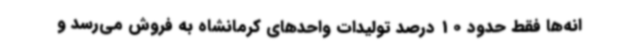
انه‌ها فقط حدود 10 درصد تولیدات واحدهای کرمانشاه به فروش می‌رسد و